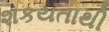
શકયતાથી